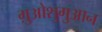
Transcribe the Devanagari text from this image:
ग़ुओशुगुआन